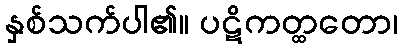
နှစ်သက်ပါ၏။ ပဋိကတ္ထတော၊